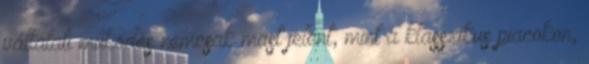
vállalati működés nemcsak mást jelent, mint a klasszikus piacokon,